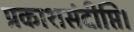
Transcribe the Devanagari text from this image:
प्रकाशसंदीप्ति।